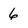
Character: 6